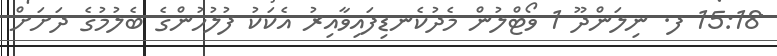
15:18 ފ. ނިލަންދޫ 1 ވޯޓްލުން މެދުކެނޑިފައިވާއިރު އެކަކު ފުލުހުންގެ ބެލުމުގެ ދަށަށް